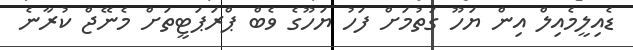
ޑެއިލީމެއިލް އިން ޔަހޫ ގަތުމަށް ފަހު ޔަހޫގެ ވެބް ޕްރަޕަޓީތަށް މެނޭޖް ކުރާނެ